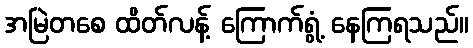
အမြဲတစေ ထိတ်လန့် ကြောက်ရွံ့ နေကြရသည်။